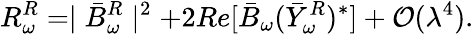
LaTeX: R_{\omega}^{R}=\mid\bar{B}_{\omega}^{R}\mid^{2}+2Re[\bar{B}_{\omega}(\bar{Y}_{\omega}^{R})^{\ast}]+{\cal O}(\lambda^{4}).